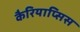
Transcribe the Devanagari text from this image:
कैरियाप्सिस